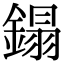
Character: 鎉